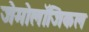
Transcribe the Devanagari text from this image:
जेमोलॉजिकल